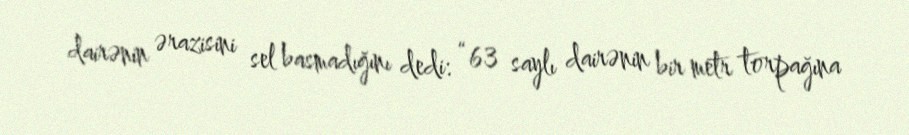
dairənin ərazisini sel basmadığını dedi: “63 saylı dairənin bir metr torpağına